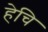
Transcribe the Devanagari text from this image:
हेचि